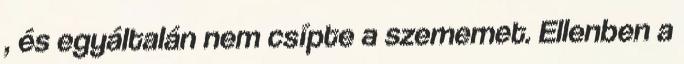
, és egyáltalán nem csípte a szememet. Ellenben a